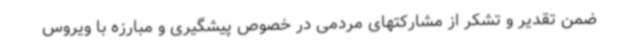
ضمن تقدیر و تشکر از مشارکتهای مردمی در خصوص پیشگیری و مبارزه با ویروس